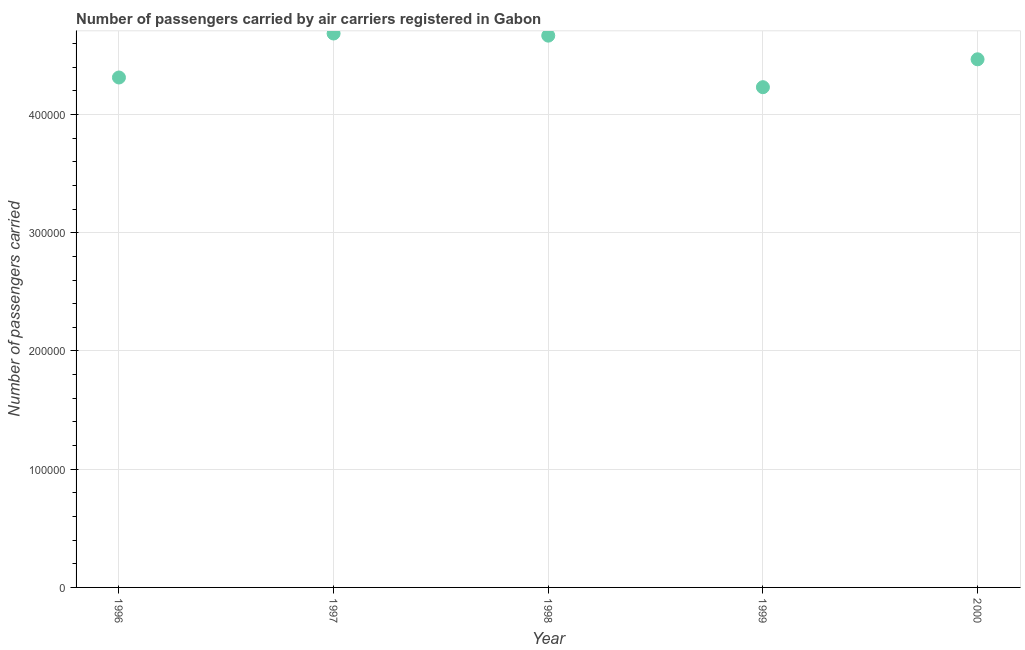
| Year | Air transport |
 | --- | --- |
 | 1996 | 4.31e+05 |
 | 1997 | 4.68e+05 |
 | 1998 | 4.67e+05 |
 | 1999 | 4.23e+05 |
 | 2000 | 4.47e+05 |